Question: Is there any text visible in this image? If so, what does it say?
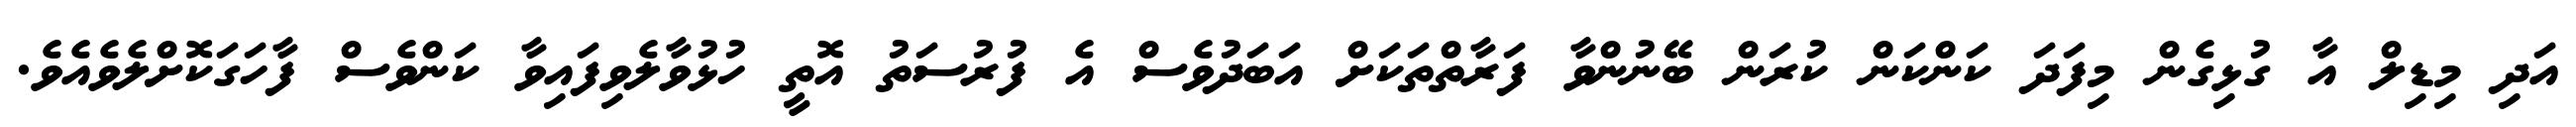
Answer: އަދި މިޑިލް އާ ގުޅިގެން މިފަދަ ކަންކަން ކުރަން ބޭނުންވާ ފަރާތްތަކަށް އަބަދުވެސް އެ ފުރުސަތު އޮތީ ހުޅުވާލެވިފައިވާ ކަންވެސް ފާހަގަކޮށްލެވެއެވެ.